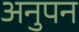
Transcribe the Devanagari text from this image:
अनुपन